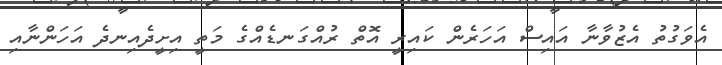
އެވަގުތު އެޒުވާނާ އައިސް އަހަރެން ކައިރީ އޮތް ރުއްގަނޑެއްގެ މަތީ އިށީދެއިނދެ އަހަންނާއި